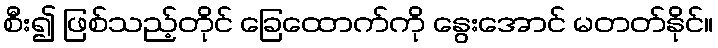
စီး၍ ဖြစ်သည့်တိုင် ခြေထောက်ကို နွေးအောင် မတတ်နိုင်။